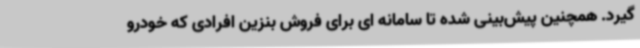
گیرد. همچنین پیش‌بینی شده تا سامانه ای برای فروش بنزین افرادی که خودرو